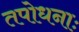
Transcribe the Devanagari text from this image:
तपोधनाः